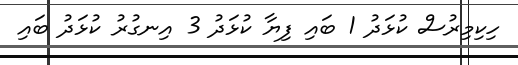
ހިކިމިރުސް ކުޅަދު 1 ބައި ފިޔާ ކުޅަދު 3 އިނގުރު ކުޅަދު ބައި